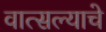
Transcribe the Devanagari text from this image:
वात्सल्याचे